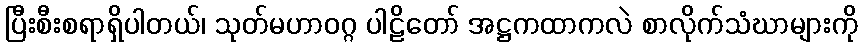
ပြီးစီးစရာရှိပါတယ်၊ သုတ်မဟာဝဂ္ဂ ပါဠိတော် အဋ္ဌကထာကလဲ စာလိုက်သံဃာများကို